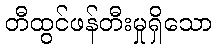
တီထွင်ဖန်တီးမှုရှိသော